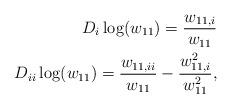
LaTeX: \begin{align*} D_i\log(w_{11}) = \frac{w_{11,i}}{w_{11}}\\ D_{ii}\log(w_{11}) = \frac{w_{11,ii}}{w_{11}} - \frac{w_{11,i}^2}{w_{11}^2},\end{align*}